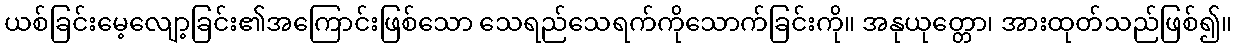
ယစ်ခြင်းမေ့လျော့ခြင်း၏အကြောင်းဖြစ်သော သေရည်သေရက်ကိုသောက်ခြင်းကို။ အနုယုတ္တော၊ အားထုတ်သည်ဖြစ်၍။